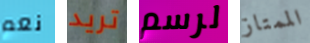
نعم تريد لرسم الممتاز